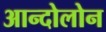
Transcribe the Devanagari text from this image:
आन्दोलोन